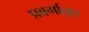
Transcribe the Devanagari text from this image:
प्रवर्गातून